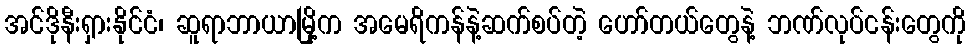
အင်ဒိုနီးရှားနိုင်ငံ၊ ဆူရာဘာယာမြို့က အမေရိကန်နဲ့ဆက်စပ်တဲ့ ဟော်တယ်တွေနဲ့ ဘဏ်လုပ်ငန်းတွေကို